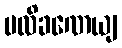
ပလိခဏေယျ